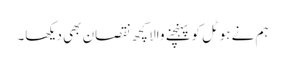
ہم نے ہوٹل کو پہنچنے والا کچھ نقصان بھی دیکھا۔